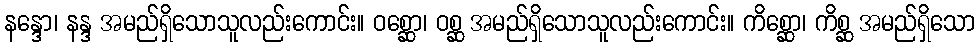
နန္ဒော၊ နန္ဒ အမည်ရှိသောသူလည်းကောင်း။ ဝစ္ဆော၊ ဝစ္ဆ အမည်ရှိသောသူလည်းကောင်း။ ကိစ္ဆော၊ ကိစ္ဆ အမည်ရှိသော